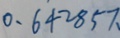
0 . 6 4 2 8 5 7 、